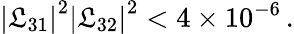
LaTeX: {|\mathfrak{L}_{31}|}^{2}{|\mathfrak{L}_{32}|}^{2}<4\times10^{-6}\, .